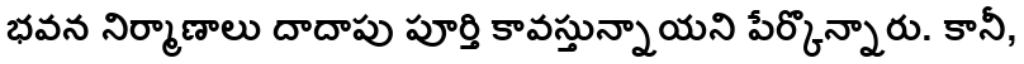
భవన నిర్మాణాలు దాదాపు పూర్తి కావస్తున్నాయని పేర్కొన్నారు. కానీ,